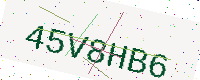
Text: 45V8HB6